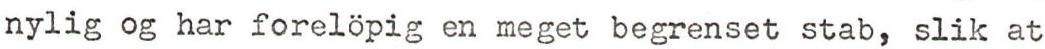
nylig og har forelöpig en meget begrenset stab, slik at